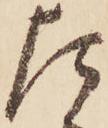
た